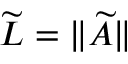
\widetilde { L } = \| \widetilde { A } \|